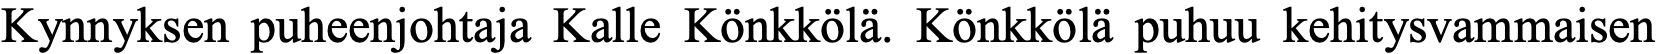
Kynnyksen puheenjohtaja Kalle Könkkölä. Könkkölä puhuu kehitysvammaisen